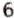
6